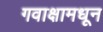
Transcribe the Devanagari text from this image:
गवाक्षामधून